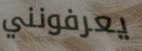
يعرفونني